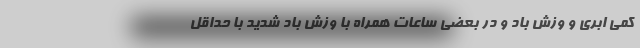
کمی ابری و وزش باد و در بعضی ساعات همراه با وزش باد شدید با حداقل